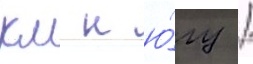
км к ю́гу /